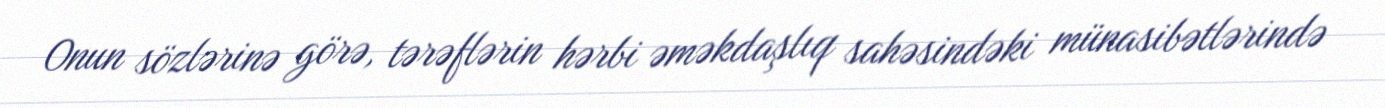
Onun sözlərinə görə, tərəflərin hərbi əməkdaşlıq sahəsindəki münasibətlərində